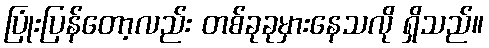
ပြုံးပြန်တော့လည်း တစ်ခုခုမှားနေသလို ရှိသည်။